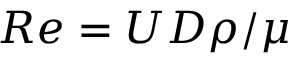
R e = U D \rho / \mu